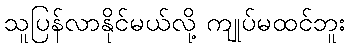
သူပြန်လာနိုင်မယ်လို့ ကျုပ်မထင်ဘူး